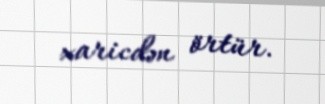
xaricdən örtür.